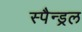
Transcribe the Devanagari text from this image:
स्पैन्ड्रल